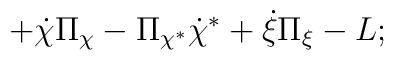
+\dot{\chi }\Pi _{\chi }-\Pi _{\chi ^{*}}\dot{\chi }^{*}+\dot{\xi }\Pi _{\xi}-L;